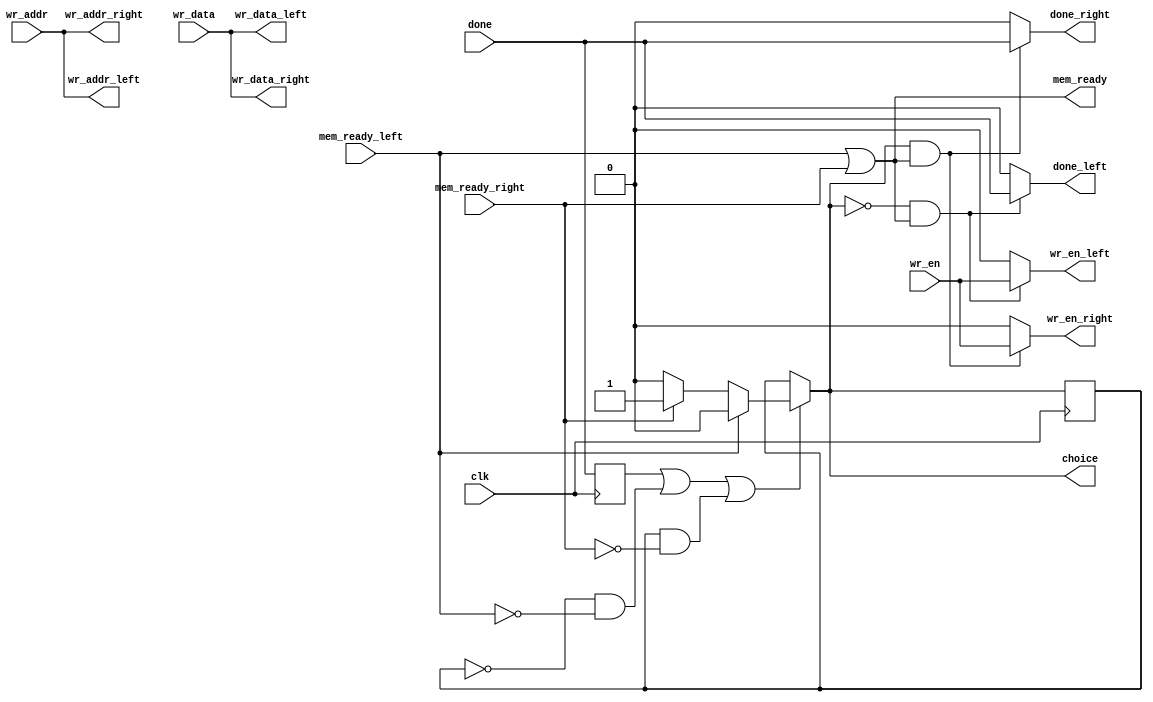
`timescale 1ns / 1ps
/*
snoopsplit.v

Intended to be an easier way to have a configurable number of parallel CPUs in a packet filter.

You would have one snooper, one forwarded, and multiple CPUs if a single CPU is too slow to
keep up. Due to the nature of packet filtering, it's relatively to run multiple CPUs in 
parallel.

This is meant to be one "splitter" in a "corporate feed structure" of other splitters. 

Note that mem_ready and wr_en are very much like ready and valid on AXI Stream. For this
reason I've chose to keep these as combinational paths, at risk of having problems with
long paths later
*/


module snoopsplit # (parameter
	DATA_WIDTH = 64,
	ADDR_WIDTH = 10,
	PESSIMISTIC = 0
)(
	input wire clk,
	//Interface to packet mem, as the output of the snooper (or previous split stage)
	input wire [ADDR_WIDTH-1:0] wr_addr,
	input wire [DATA_WIDTH-1:0] wr_data,
	output wire mem_ready,
	input wire wr_en,
	input wire done,
	
	//Interface to packet mem, as the input of the VM (or next split stage)
	output wire [ADDR_WIDTH-1:0] wr_addr_left,
	output wire [DATA_WIDTH-1:0] wr_data_left,
	input wire mem_ready_left,
	output wire wr_en_left,
	output wire done_left,
	output wire [ADDR_WIDTH-1:0] wr_addr_right,
	output wire [DATA_WIDTH-1:0] wr_data_right,
	input wire mem_ready_right,
	output wire wr_en_right,
	output wire done_right,
	
	//Output which branch we chose, which is later used to put packets back into
	//the right order
	output wire choice //Zero for left, 1 for right
);

//Subtlety: we can only change our choice between packets. 
//This occurs _one cycle after_ done is asserted, or if nothing was ready on the last cycle
//ASSUMES: mem_ready never goes low intermittently inside of a single packet
reg done_on_prev_cycle = 1;
always @(posedge clk) done_on_prev_cycle <= done;

reg choice_internal_saved = 0; //Hold onto last choice in case we're not allowed to change choice
//(that is, when do_select is false)

wire do_select;
assign do_select = 
	done_on_prev_cycle || 
	(choice_internal_saved == 0 && !mem_ready_left) || 
	(choice_internal_saved == 1 && !mem_ready_right);

wire choice_internal;
assign choice_internal = 
	(do_select) ? 
		(mem_ready_left ? 0 : (mem_ready_right ? 1 : 0))
		:
		choice_internal_saved
	;

wire choice_valid;
assign choice_valid = mem_ready;

always @(posedge clk) choice_internal_saved <= choice_internal;

assign mem_ready = (mem_ready_left || mem_ready_right);

wire [ADDR_WIDTH-1:0] wr_addr_internal;
wire [DATA_WIDTH-1:0] wr_data_internal;
wire wr_en_left_internal;
wire done_left_internal;
wire wr_en_right_internal;
wire done_right_internal;

////////////////////////////////////////
////////// PESSIMISTIC MODE ////////////
////////////////////////////////////////
generate
if (PESSIMISTIC) begin
	//Delay all outputs to packet mem by one cycle
	reg [ADDR_WIDTH-1:0] wr_addr_r = 0;
	reg [DATA_WIDTH-1:0] wr_data_r = 0;
	reg wr_en_left_r = 0;
	reg done_left_r = 0;
	reg wr_en_right_r = 0;
	reg done_right_r = 0;
	
	reg choice_r = 0;
	
	//Delay all outputs by one cycle
	always @(posedge clk) begin
		wr_addr_r = wr_addr;
		wr_data_r = wr_data;
	
		wr_en_left_r = (choice_internal == 0 && choice_valid) ? wr_en : 0;
		wr_en_right_r = (choice_internal == 1 && choice_valid) ? wr_en : 0;
		done_left_r = (choice_internal == 0 && choice_valid) ? done : 0;
		done_right_r = (choice_internal == 1 && choice_valid) ? done : 0;
		
		choice_r <= choice_internal;
	end
	
	assign wr_addr_internal = wr_addr_r;
	assign wr_data_internal = wr_data_r;
	
	assign wr_en_left_internal = wr_en_left_r;
	assign wr_en_right_internal = wr_en_right_r;
	assign done_left_internal = done_left_r;
	assign done_right_internal = done_right_r;
	
	assign choice = choice_r;
end
///////////////////////////////////////
////////// OPTIMISTIC MODE ////////////
///////////////////////////////////////
else begin
	assign wr_addr_internal = wr_addr;
	assign wr_data_internal = wr_data;
	
	assign wr_en_left_internal = (choice_internal == 0 && choice_valid) ? wr_en : 0;
	assign wr_en_right_internal = (choice_internal == 1 && choice_valid) ? wr_en : 0;
	assign done_left_internal = (choice_internal == 0 && choice_valid) ? done : 0;
	assign done_right_internal = (choice_internal == 1 && choice_valid) ? done : 0;
	
	assign choice = choice_internal;
end
endgenerate
///////////////////////////////////////

assign wr_addr_left = wr_addr_internal;
assign wr_data_left = wr_data_internal;
assign wr_en_left = wr_en_left_internal;
assign done_left = done_left_internal;

assign wr_addr_right = wr_addr_internal;
assign wr_data_right = wr_data_internal;
assign wr_en_right = wr_en_right_internal;
assign done_right = done_right_internal;
endmodule